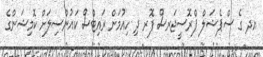
އދ ގެ ސްޕެޝަލް ޕްރޮސީޖަރސް ފޮރ ދި ހިއުމަން ރައިޓްސް ކައުންސިލަށް ކޮމިޝަންގެ